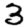
Digit: 3